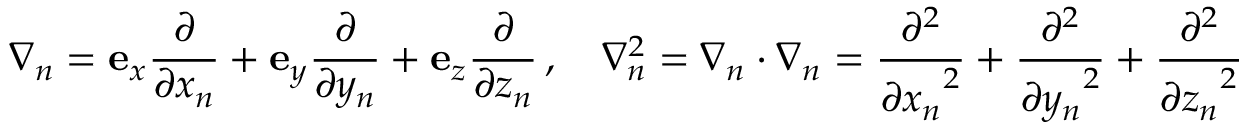
{ \boldsymbol { \nabla } } _ { n } = \mathbf { e } _ { x } { \frac { \partial } { \partial x _ { n } } } + \mathbf { e } _ { y } { \frac { \partial } { \partial y _ { n } } } + \mathbf { e } _ { z } { \frac { \partial } { \partial z _ { n } } } \, , \quad \nabla _ { n } ^ { 2 } = { \boldsymbol { \nabla } } _ { n } \cdot { \boldsymbol { \nabla } } _ { n } = { \frac { \partial ^ { 2 } } { { \partial x _ { n } } ^ { 2 } } } + { \frac { \partial ^ { 2 } } { { \partial y _ { n } } ^ { 2 } } } + { \frac { \partial ^ { 2 } } { { \partial z _ { n } } ^ { 2 } } }